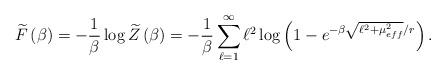
LaTeX: \begin{align*}\widetilde{F}\left(\beta \right)=-\frac{1}{\beta }\log \widetilde{Z}\left(\beta \right)=-\frac{1}{\beta }\sum _{\ell =1}^{\infty }\ell ^{2}\log \left(1-e^{-\beta \sqrt{\ell ^{2}+\mu _{eff}^{2}}/r}\right).\end{align*}